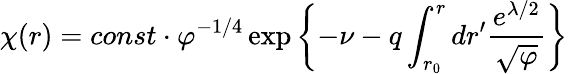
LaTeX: \chi(r)=const\cdot\varphi^{-1/4}\exp\left\{ -\nu-q\int_{r_{0}}^{r}dr^{\prime}\frac{e^{\lambda/2}}{\sqrt{\varphi}}\right\}